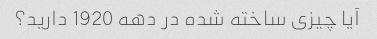
آیا چیزی ساخته شده در دهه 1920 دارید؟